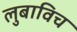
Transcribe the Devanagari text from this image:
लुबाविच